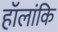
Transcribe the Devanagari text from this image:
हॉलांकि